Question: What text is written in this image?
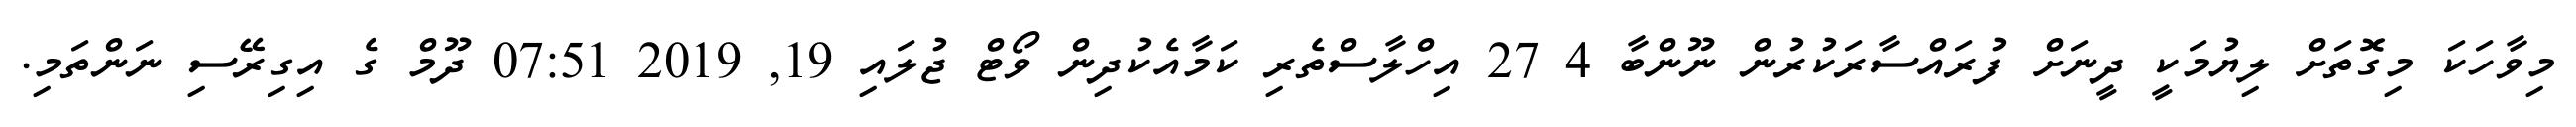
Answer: މިވާހަކަ މިގޮތަށް ލިޔުމަކީ ދީނަށް ފުރައްސާރަކުރުން ނޫންބާ 4 27 އިހްލާސްތެރި ކަމާއެކުދިން ވޯޓް ޖުލައި 19, 2019 07:51 ދޫމް ގެ އިގިރޭސި ނަންތަމި.